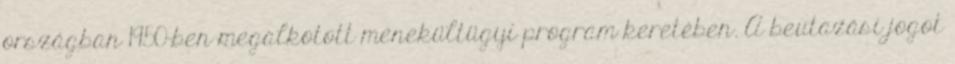
országban 1950-ben megalkotott menekültügyi program keretében. A beutazási jogot